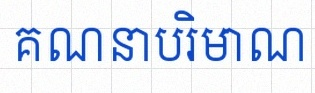
គណនាបរិមាណ